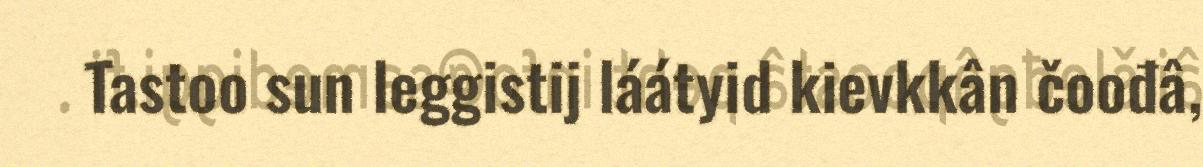
Tastoo sun leggistij láátyid kievkkân čoođâ,